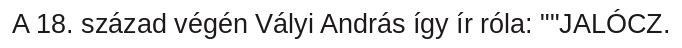
A 18. század végén Vályi András így ír róla: ""JALÓCZ.